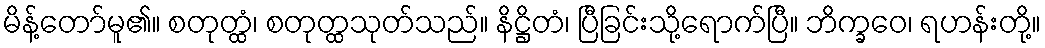
မိန့်တော်မူ၏။ စတုတ္ထံ၊ စတုတ္ထသုတ်သည်။ နိဋ္ဌိတံ၊ ပြီခြင်းသို့ရောက်ပြီ။ ဘိက္ခဝေ၊ ရဟန်းတို့။